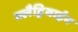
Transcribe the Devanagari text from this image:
क्लैड्रिबाईन